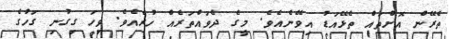
ތެރޭން އޮށްތައް ތެޅޭއަޑު އިވޭނެއެވެ. މީގެ ދެވައްތަރެއް ހުރެއެވެ. ވިހަ ގިގުނި ގަހުގެ